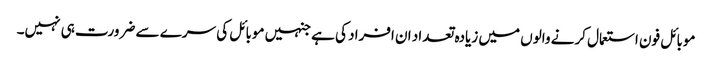
موبائل فون استعمال کرنے والوں میں زیادہ تعداد ان افراد کی ہے جنہیں موبائل کی سرے سے ضرورت ہی نہیں۔